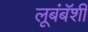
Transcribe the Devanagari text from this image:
लूबंबॅशी